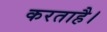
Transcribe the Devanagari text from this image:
करताहै।